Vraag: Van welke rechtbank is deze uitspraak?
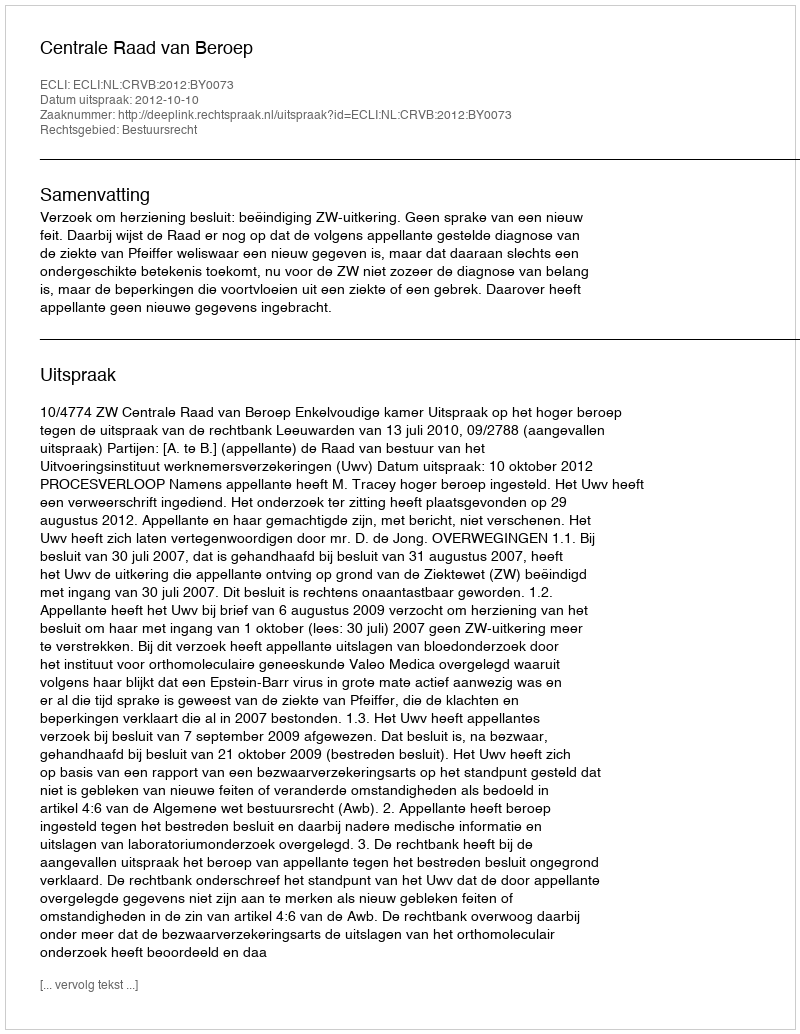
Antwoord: Centrale Raad van Beroep